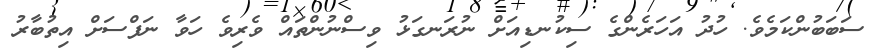
ސަބަބުންކަމެވެ. ހުދު އަހަރެންގެ ސިކުނޑިއަށް ނުރަނގަޅު ވިސްނުންތައް ވެރިވެ ހަވާ ނަފްސަށް އިތުބާރު